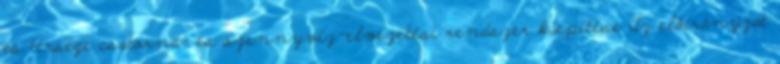
és térsége csatorna- és szennyvíz-elvezetési rendszer kiépítése Az előirányzat